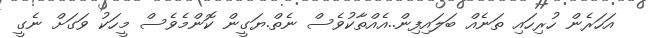
އަހަރެން ހުރިހައި ތަނެއް ބަލައިފިން..އެއްތާކުވެސް ނެތް.ޔަގީން ކޮންމެވެސް މީހަކު ވަގަށް ނެގީ